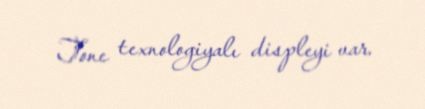
Tone texnologiyalı displeyi var.